Note on the mental hospitals in Burma - 1925-1940
Year: 1925
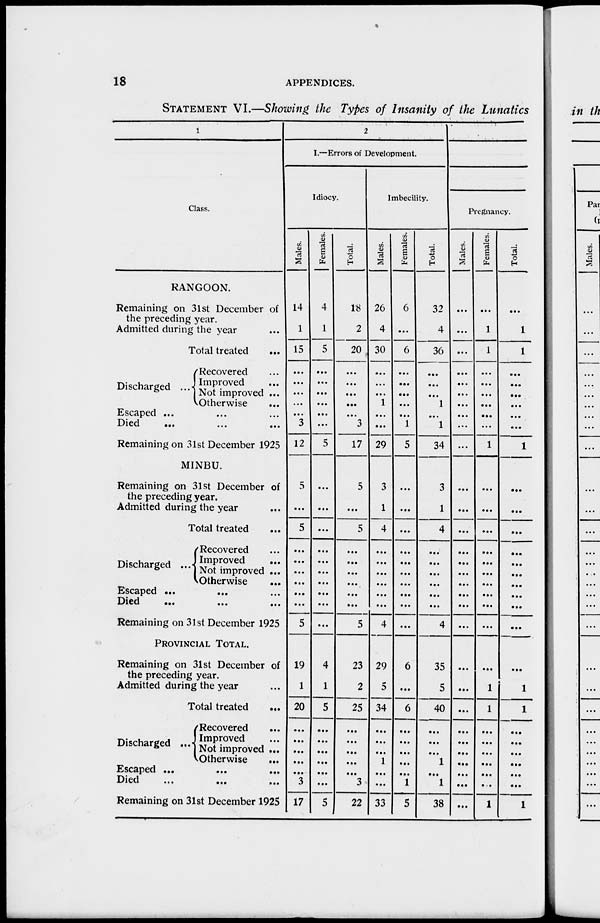
18
APPENDICES.
STATEMENT VI.—Showing the Types of Insanity of the Lunatics
1
Class.
RANGOON.
Remaining on 31st December of
the preceding year.
Admitted during the year ...
Total treated
...
Discharged ...
Recovered ...
Improved ...
Not improved ...
Otherwise ...
Escaped ... ... ...
Di ed
...
...
...
Remaining on 31st December 1925
MINBU.
Remaining on 31st December of
the preceding year.
Admitted during the year ...
Total treated ...
Discharged ...
Recovered ...
Improved ...
Not improved ...
Otherwise ...
Escaped
...
... ...
Died
...
...
...
Remaining on 31st December 1925
PROVINCIAL TOTAL.
Remaining on 31st December of
the preceding year.
Admitted during the year ...
Total treated
...
Discharged ...
Recovered ...
Improved ...
Not improved ...
Otherwise
...
Escaped
...
...
...
Died
...
...
...
Remaining on 31st December 1925
2
I.—Errors of Development.
Idiocy.
Males.
14
1
15
...
...
...
...
...
3
12
5
...
5
...
...
...
...
...
...
5
19
1
20
...
...
...
...
...
3
17
Females.
4
1
5
...
...
...
...
...
...
5
...
...
...
...
...
...
...
...
...
...
4
1
5
...
...
...
...
...
...
5
Total.
18
2
20
...
...
...
...
...
3
17
5
...
5
...
...
...
...
...
...
5
23
2
25
...
...
...
...
...
3
22
Imbecility.
Males.
26
4
30
...
...
...
1
...
...
29
3
1
4
...
...
...
...
...
...
4
29
5
34
...
...
...
1
...
...
33
Females.
6
...
6
...
...
...
...
...
1
5
...
...
...
...
...
...
...
...
...
...
6
...
6
...
...
...
...
...
1
5
Total.
32
4
36
...
...
...
1
...
1
34
3
1
4
...
...
...
...
...
...
4
35
5
40
...
...
...
1
...
1
38
Pregnancy.
Males.
...
...
...
...
...
...
...
...
...
...
...
...
...
...
...
...
...
...
...
...
...
...
...
...
...
...
...
...
...
...
Females.
...
1
1
...
...
...
...
...
...
1
...
...
...
...
...
...
...
...
...
...
...
1
1
...
...
...
...
...
...
1
Total.
...
1
1
...
...
...
...
...
...
1
...
...
...
...
...
...
...
...
...
...
...
1
1
...
...
...
...
...
...
1